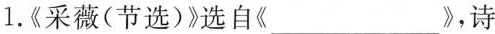
1《采薇(节选)》选自《___》，诗